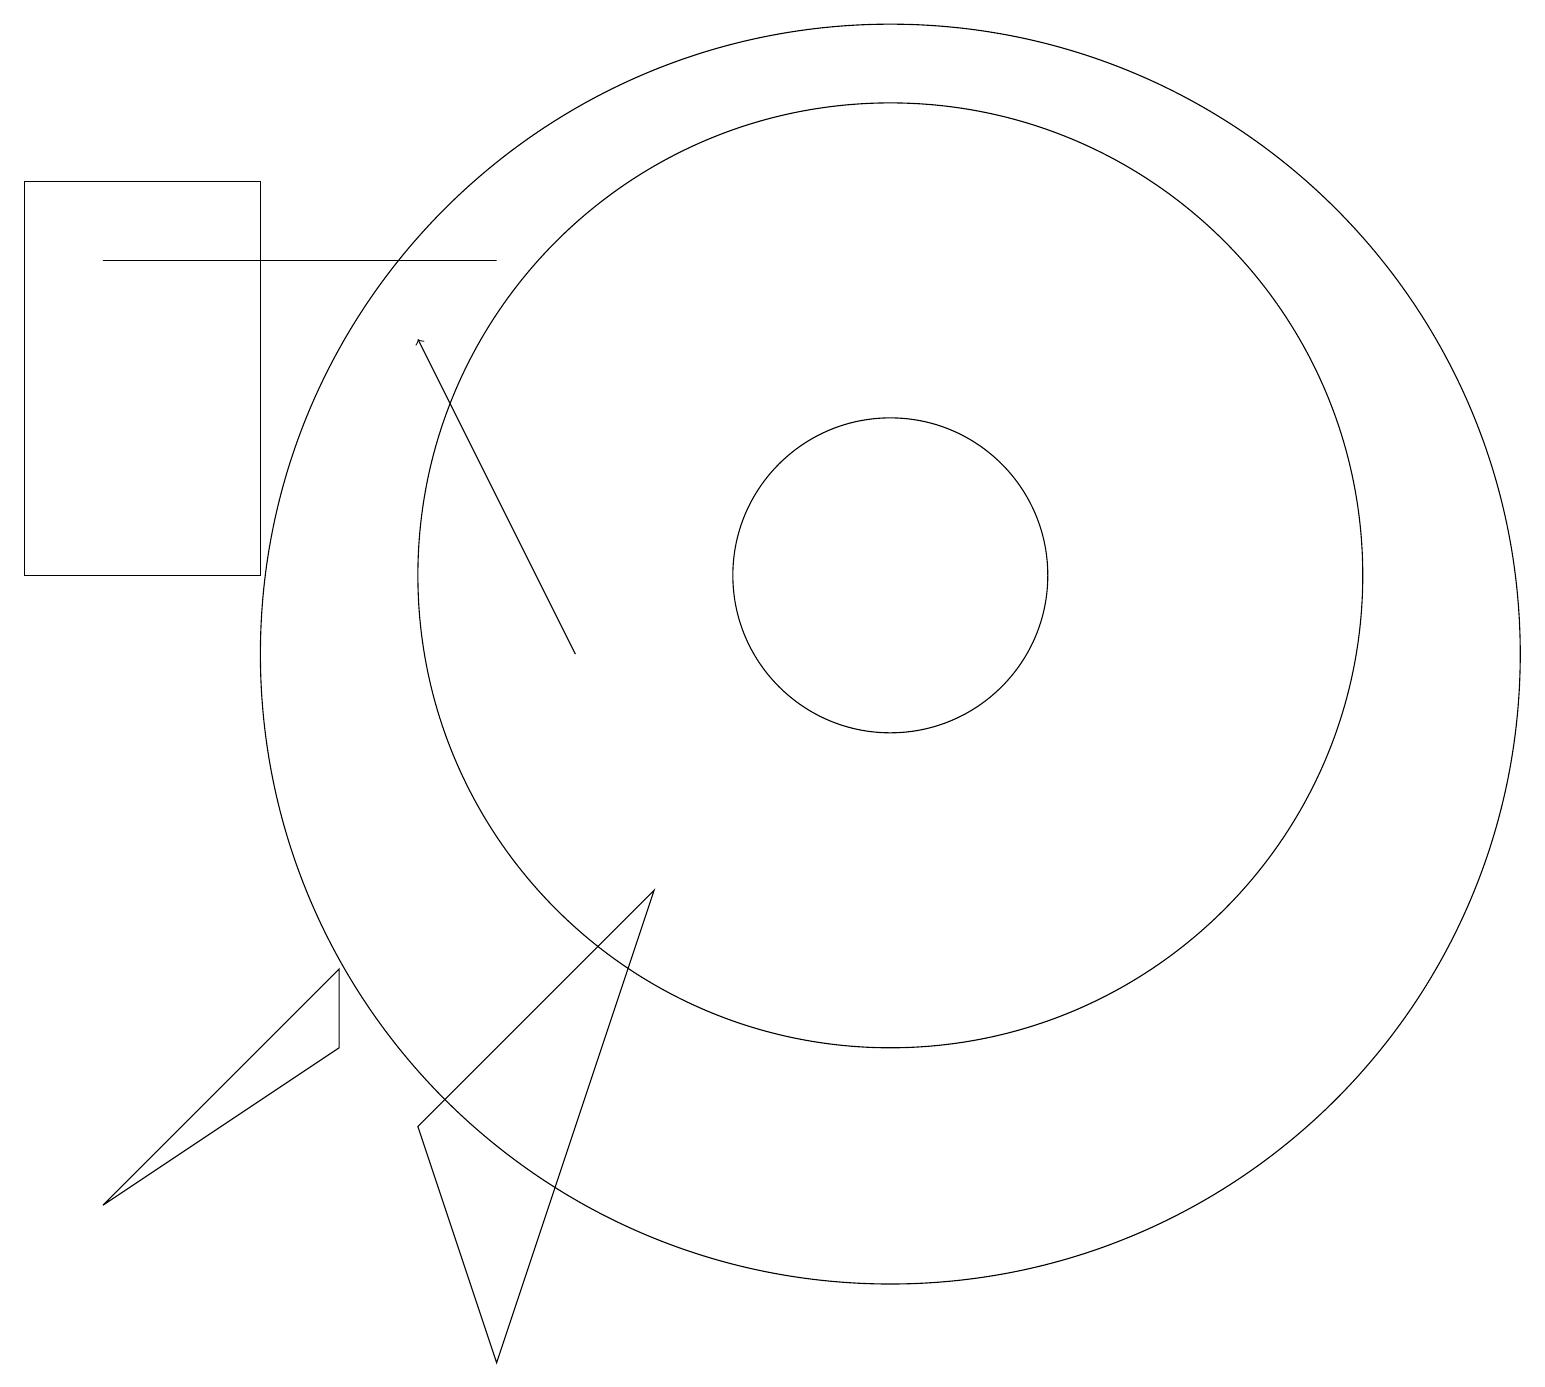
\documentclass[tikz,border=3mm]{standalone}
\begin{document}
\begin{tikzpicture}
\draw (8,7) -- (6,1) -- (5,4) -- cycle;
\draw (0,11) rectangle (3,16);
\draw (11,11) circle (2);
\draw (1,15) rectangle (6,15);
\draw[->] (7,10) -- (5,14);
\draw (11,11) circle (6);
\draw (4,5) -- (1,3) -- (4,6) -- cycle;
\draw (11,10) circle (8);
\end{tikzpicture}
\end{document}